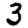
Digit: 3